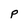
Character: P